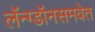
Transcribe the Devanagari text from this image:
लॅन्ग्डॉनसमवेत